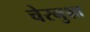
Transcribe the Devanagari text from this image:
चेरनुक्षा